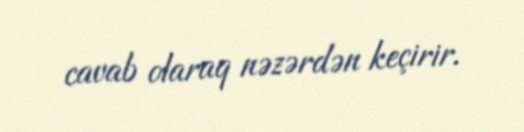
cavab olaraq nəzərdən keçirir.